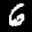
Label: 6